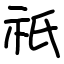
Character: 祇